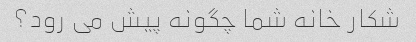
شکار خانه شما چگونه پیش می رود؟